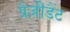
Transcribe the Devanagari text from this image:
प्रैज़ीडैंट